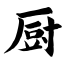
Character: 厨